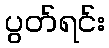
ပွတ်ရင်း